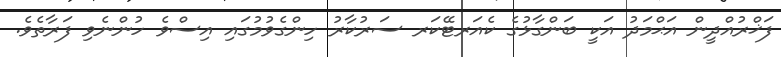
ފަޚްރުއްދީން އަޙްމަދު އަކީ ބަންގާޅުގެ ކެއަރޓޭކަރ ސަރުކާރު ހިންގެވުމުގައި އިސްވެ ހުންނެވި ފަރާތެވެ.